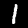
Digit: 1